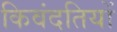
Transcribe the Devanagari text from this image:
किवंदतियों